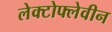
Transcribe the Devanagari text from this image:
लेक्टोफ्लेवीन